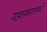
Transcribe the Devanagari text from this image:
गझलकारांमध्ये